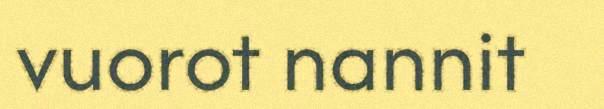
vuorot nannit